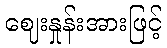
ဈေးနှုန်းအားဖြင့်